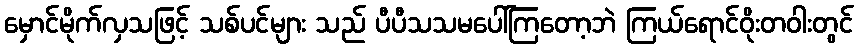
မှောင်မိုက်လှသဖြင့် သစ်ပင်များ သည် ပီပီသသမပေါ်ကြတော့ဘဲ ကြယ်ရောင်ဝိုးတဝါးတွင်